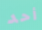
أحد